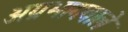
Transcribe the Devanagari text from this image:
अग्रभागवाले